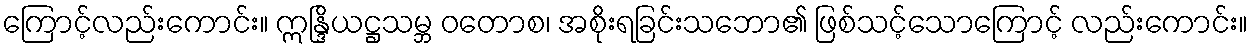
ကြောင့်လည်းကောင်း။ ဣန္ဒြိယဋ္ဌသမ္ဘ ဝတောစ၊ အစိုးရခြင်းသဘော၏ ဖြစ်သင့်သောကြောင့် လည်းကောင်း။